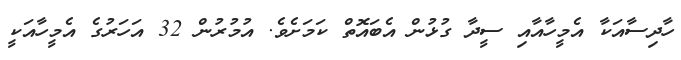
ހާދިސާއަކާ އެމީހާއާއި ސީދާ ގުޅުން އެބައޮތް ކަމަށެވެ. އުމުރުން 32 އަހަރުގެ އެމީހާއަކީ